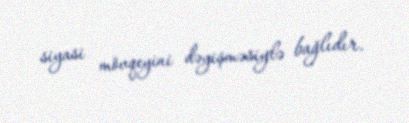
siyasi mövqeyini dəyişməsiylə bağlıdır.